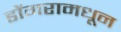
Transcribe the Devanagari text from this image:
डोंगरामधून